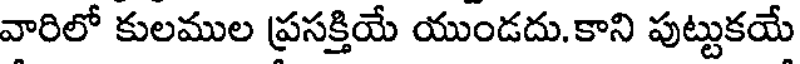
వారిలో కులముల ప్రసక్తియే యుండదు.కాని పుట్టుకయే